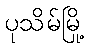
ပုသိမ်မြို့